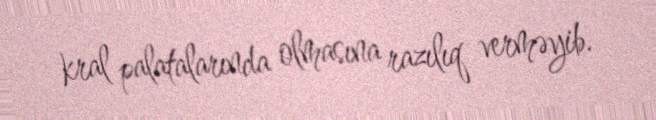
kral palatalarında olmasına razılıq verməyib.